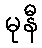
မုနီ